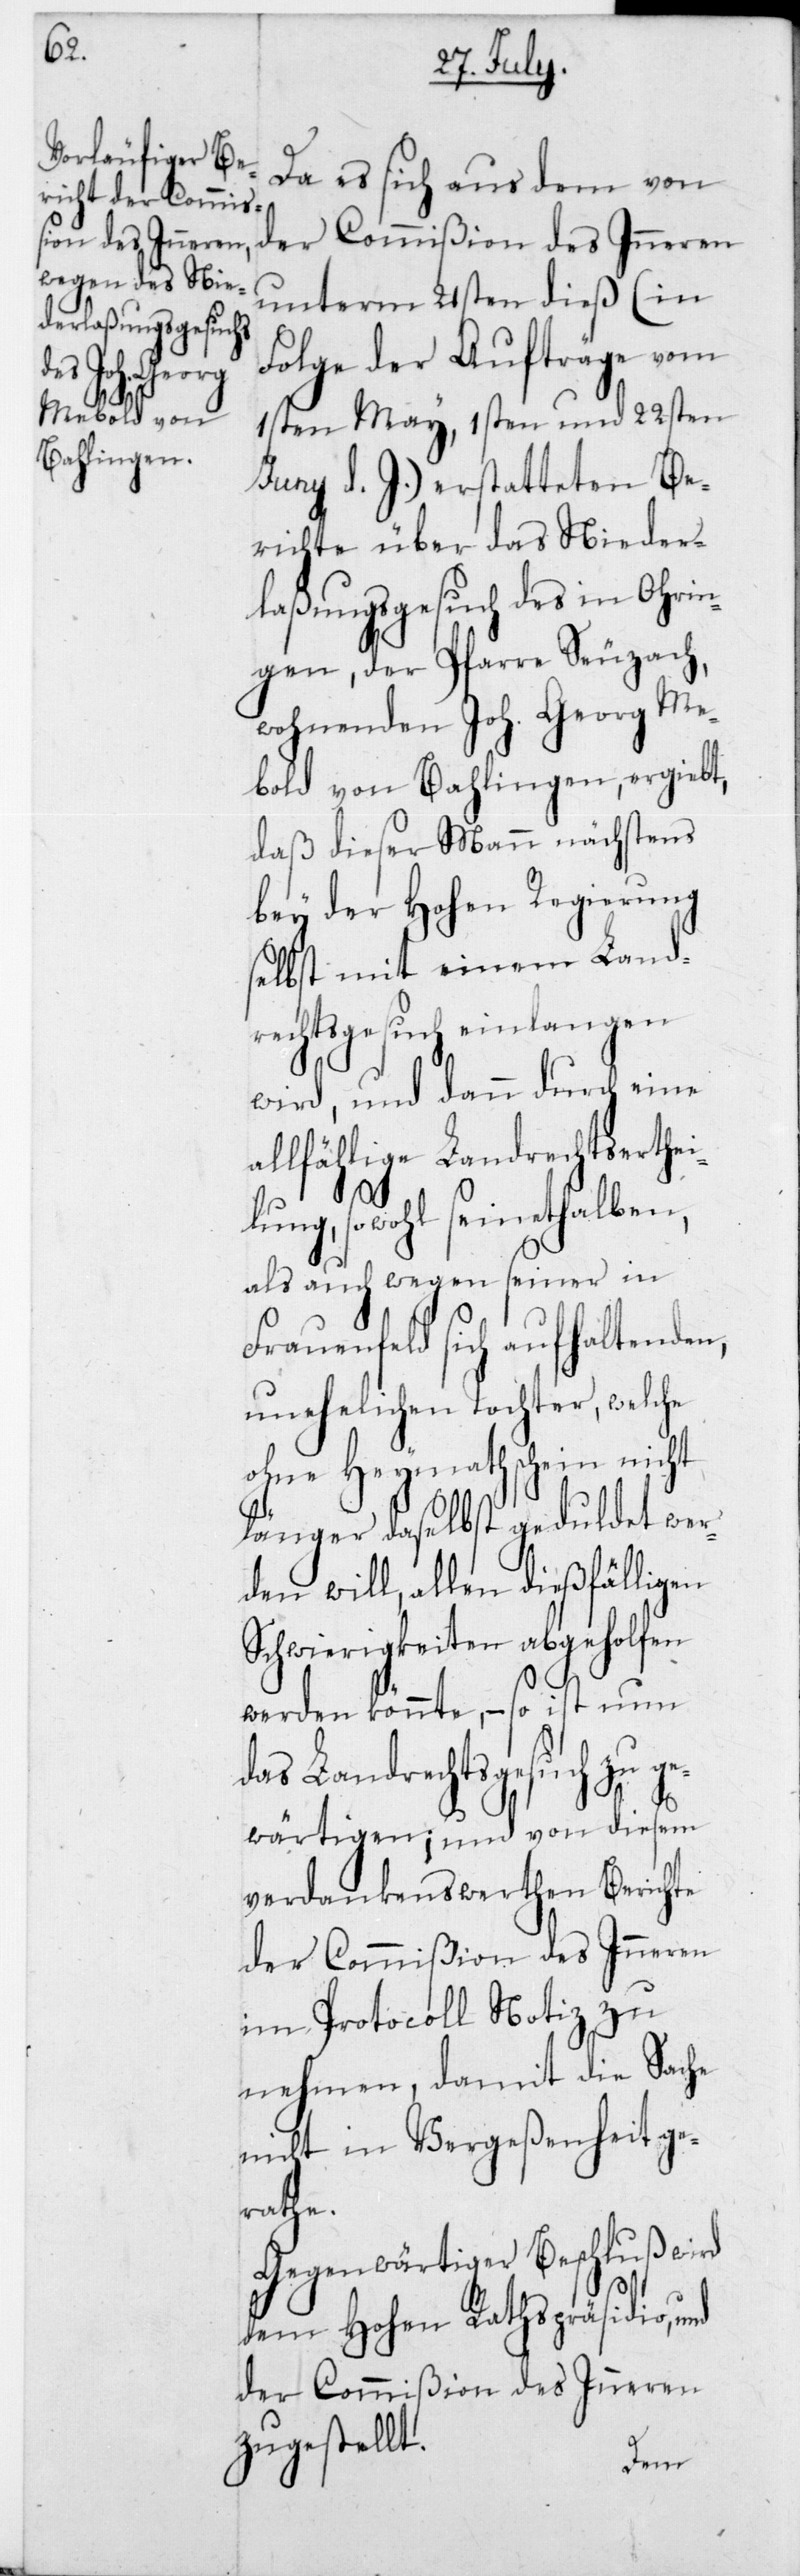
Da es sich aus dem von
der Commißion des Inneren
unterm 21sten dieß (in
Folge der Aufträge vom
1sten May, 1sten und 22sten
Juny d. J.) erstatteten Be¬
richte über das Nieder¬
laßungsgesuch des in Ohrin¬
gen, der Pfarre Seuzach,
wohnenden Joh. Georg Me¬
bold von Bahlingen, ergiebt,
daß dieser Mann nächstens
bey der Hohen Regierung
selbst mit einem Land¬
rechtsgesuch einlangen
wird, und dann durch eine
allfählige Landrechtserthe¬
ilung, sowohl seinethalben,
als auch wegen seiner in
Frauenfeld sich aufhaltenden,
unehelichen Tochter, welche
ohne Heymathschein nicht
länger daselbst geduldet wer¬
den will, allen dießfälligen
Schwierigkeiten abgeholfen
werden könnte, – so ist nun
das Landrechtsgesuch zu ge¬
wärtigen; und von diesem
verdankenswerthen Berichte
der Commißion des Inneren
im Protocoll Notiz zu
nehmen, damit die Sache
nicht in Vergessenheit ge¬
rathe.
Gegenwärtiger Beschluß wird
dem Hohen Rathspräsidio und
der Commißion des Inneren
zugestellt.